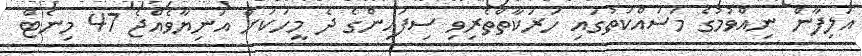
އަލިފާން ނިއްވުމުގެ މަސައްކަތުގައި ހަރަކާތްތެރިވި ސިފައިންގެ ދެ މީހަކަށް އަނިޔާވެއްޖެ 47 މިނެޓް